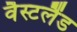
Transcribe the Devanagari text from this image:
वैस्टलैंड